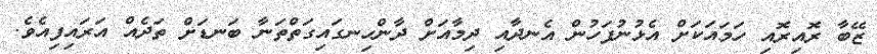
ޒޭބާ ރޮއިރޮއި ހަމައަކަށް އެޅުނުފަހުން އެނދާއި ދިމާއަށް ދާންހިނގައިގަތްތަނާ ބަނޑަށް ތަދެއް އަރައިފިއެވެ.